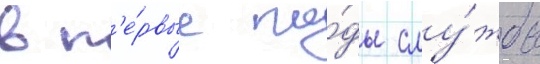
в п'е́рвые го́ды слу́жбы